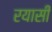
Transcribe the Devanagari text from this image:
रयासी